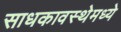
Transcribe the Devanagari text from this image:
साधकावस्थेमध्ये